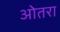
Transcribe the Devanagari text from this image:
ओतरा